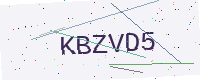
Text: KBZVD5